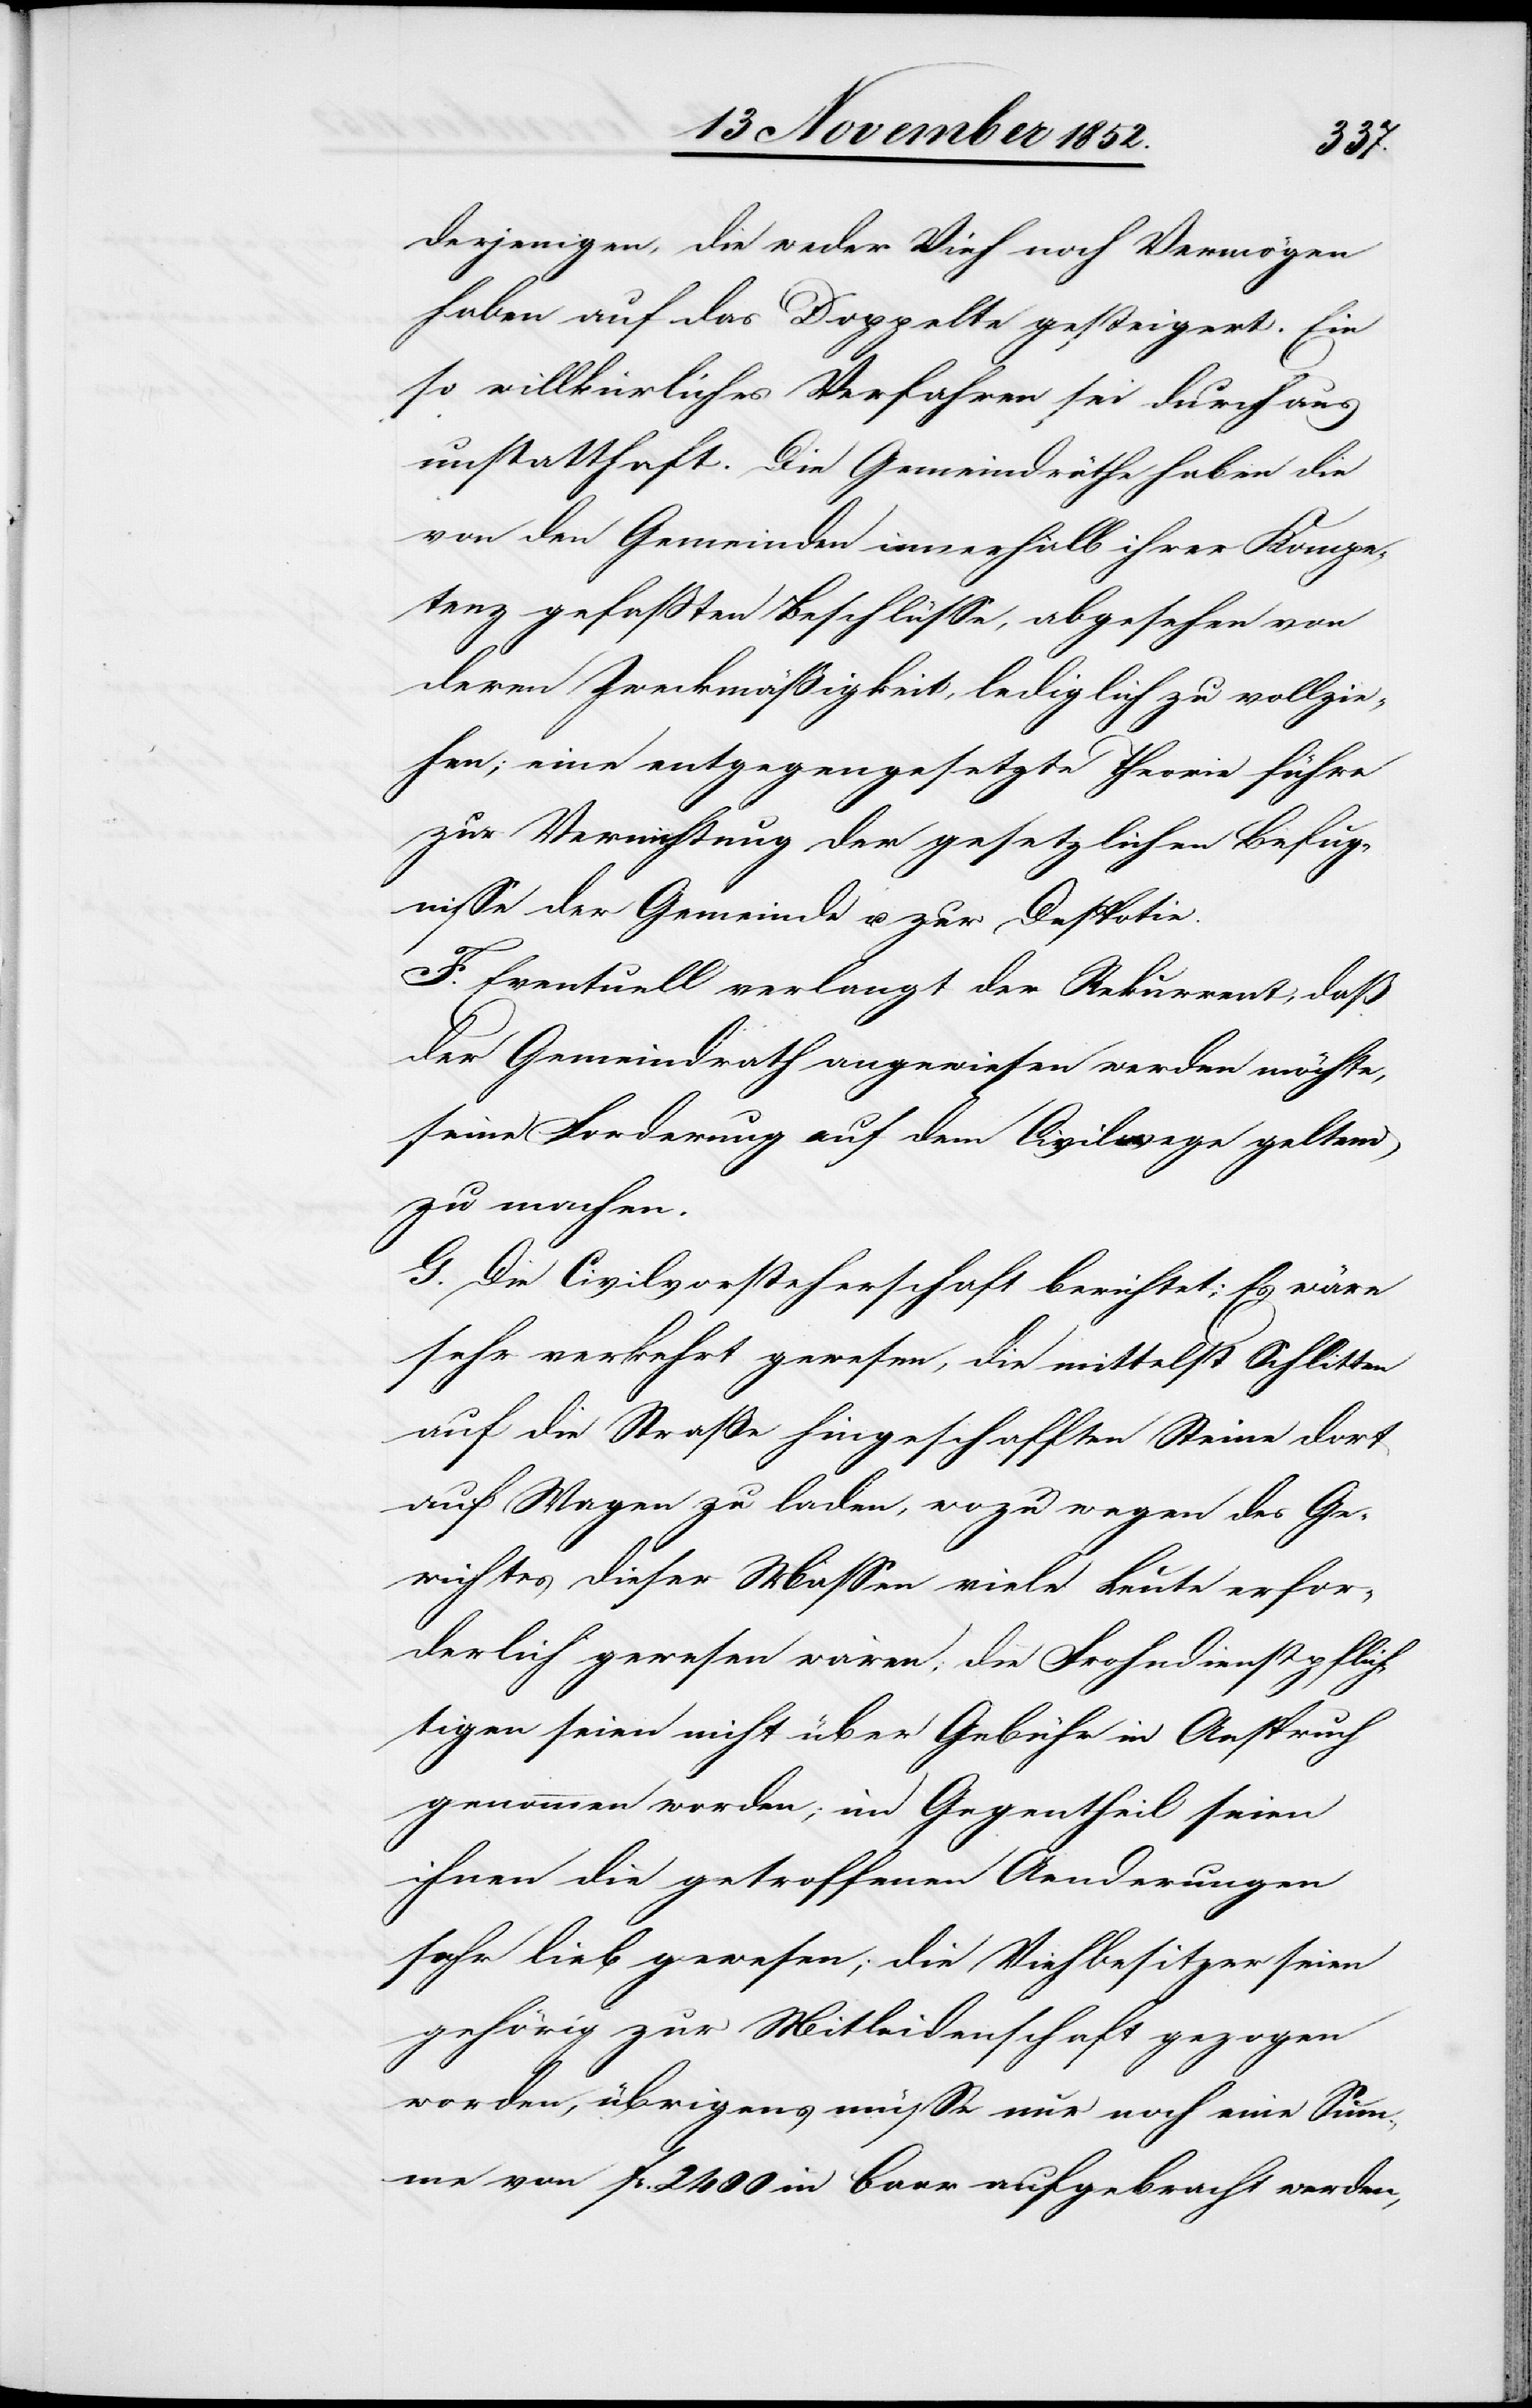
derjenigen, die weder Vieh noch Vermögen
haben auf das Doppelte gesteigert. Ein
so willkürliches Verfahren sei durchaus
unstatthaft. Die Gemeindräthe haben die
von den Gemeinden innerhalb ihrer Kompe¬
tenz gefaßten Beschlüsse, abgesehen von
deren Zweckmäßigkeit, lediglich zu vollzie¬
hen; eine entgegengesetzte Theorie führe
zur Vernichtung der gesetzlichen Befug¬
nisse der Gemeinde u. zur Despotie.
F. Eventuell verlangt der Rekurrent, daß
der Gemeindrath angewiesen werden möchte,
seine Forderung auf dem Civilwege geltend
zu machen.
G. Die Civilvorsteherschaft berichtet; Es wäre
sehr verkehrt gewesen, die mittelst Schlitten
auf die Straße hingeschafften Steine dort
auf Wagen zu laden, wozu wegen des Ge¬
wichtes dieser Massen viele Leute erfor¬
derlich gewesen wären; die Frohndienstpflich¬
tigen seien nicht über Gebühr in Anspruch
genommen worden; im Gegentheil seien
ihnen die getroffenen Aenderungen
sehr lieb gewesen; die Viehbesitzer seien
gehörig zur Mitleidenschaft gezogen
worden; übrigens müsse nur noch eine Sum¬
me von Fr. 2400 in baar aufgebracht werden,